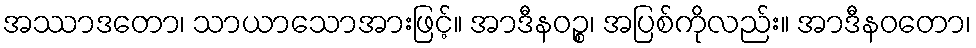
အဿာဒတော၊ သာယာသောအားဖြင့်။ အာဒီနဝဉ္စ၊ အပြစ်ကိုလည်း။ အာဒီနဝတော၊